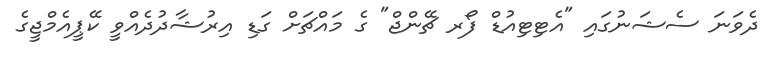
ދެވަނަ ސެޝަނުގައި "އެޓިޓިއުޑް ފޯރ ޗޭންޖް" ގެ މައްޗަށް ގަޑި އިރުޝާދުދެއްވީ ކޭޕީއެމްޖީގެ